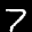
Label: 7